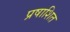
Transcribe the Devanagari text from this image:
प्रषाशित